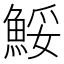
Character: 鮾